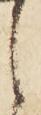
之